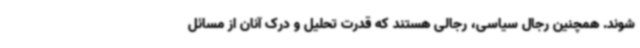
شوند. همچنین رجال سیاسی، رجالی هستند که قدرت تحلیل و درک آنان از مسائل